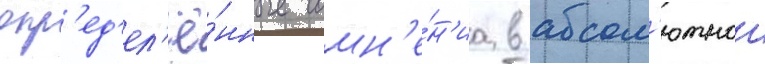
опр'ед'ел'ё́нные сомн'е́н'иа в абсол'ютнои